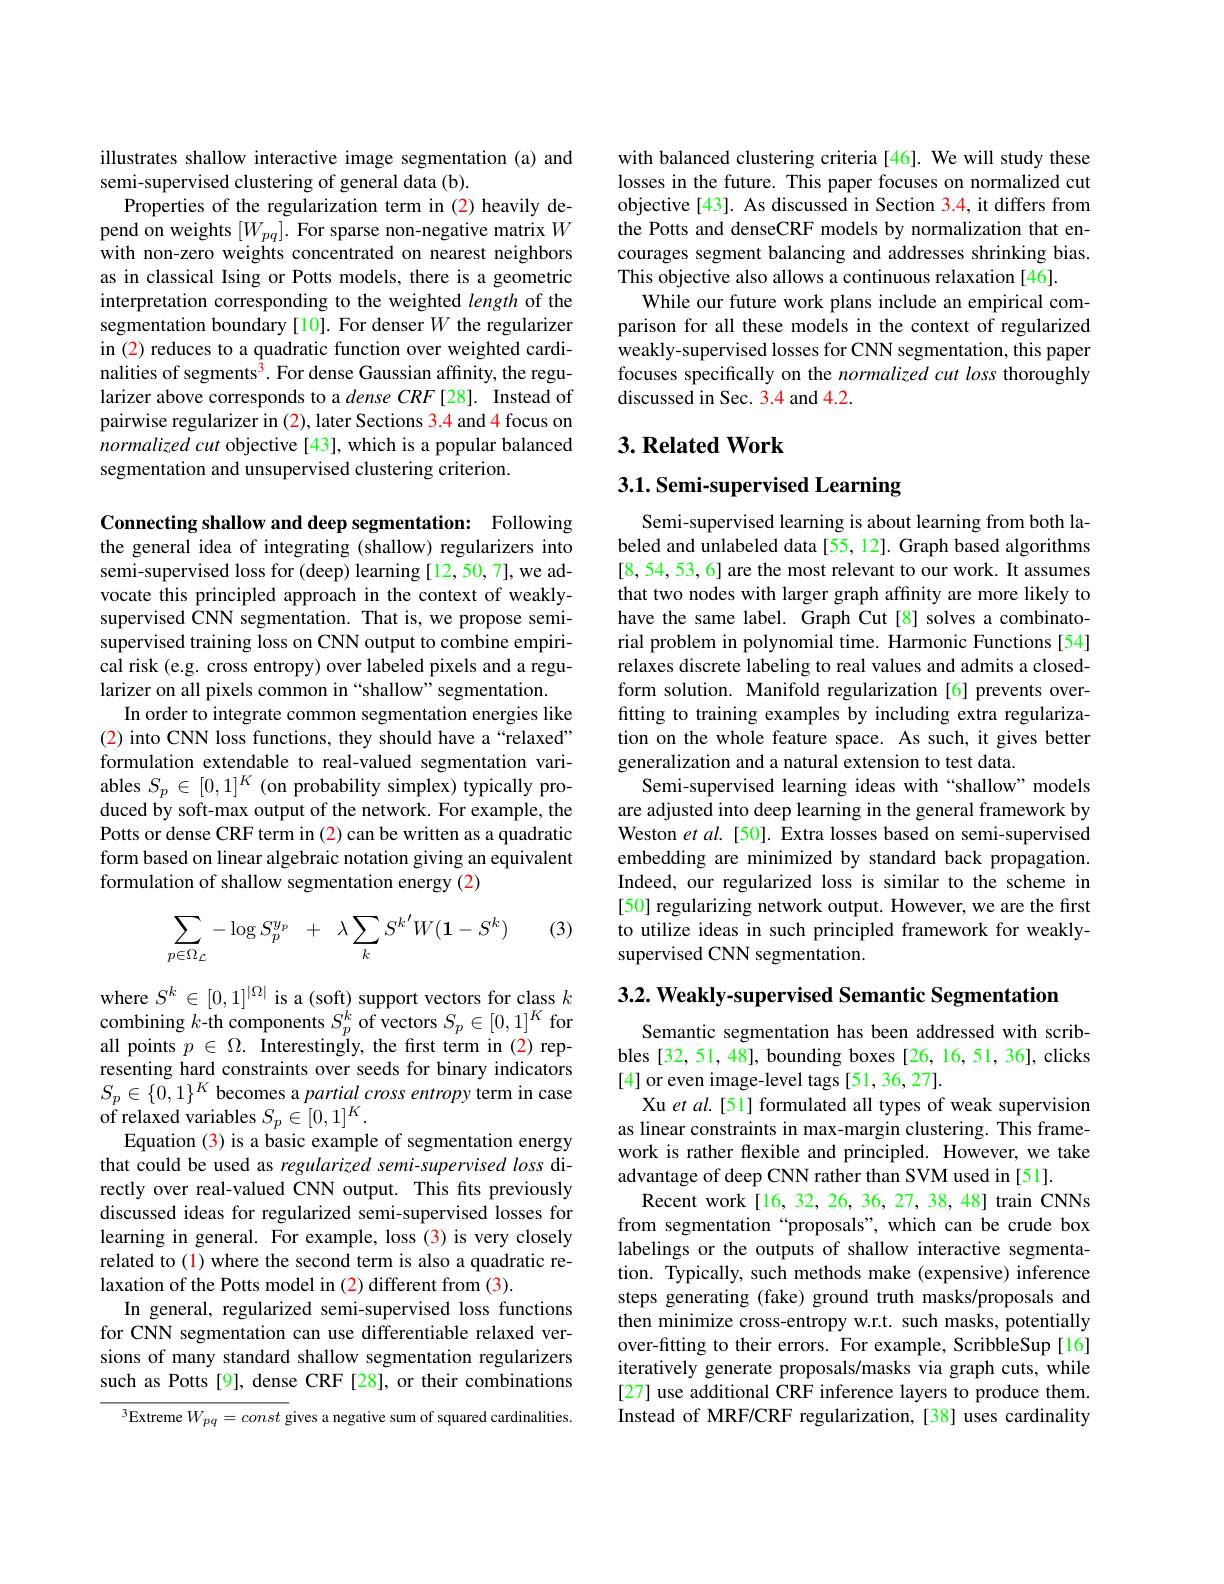
illustrates shallow interactive image segmentation (a) and
semi-supervised clustering of general data (b).
Properties of the regularization term in (2) heavily depend on weights $[W_{pq}].$ For sparse non-negative matrix $W$ with non-zero weights concentrated on nearest neighbors as in classical Ising or Potts models, there is a geometric interpretation corresponding to the weighted length of the segmentation boundary[10]. For denser $W$ the regularizer in (2) reduces to a quadratic function over weighted cardinalities of segments$^{\overline{3}}.$ For dense Gaussian affinity, the regularizer above corresponds to a dense CRF [28]. Instead of pairwise regularizer in (2), later Sections 3.4 and 4 focus on normalizedcut objective[43], which is a popular balanced segmentation and unsupervised clustering criterion.

Connecting shallow and deep segmentation: Following the general idea of integrating (shallow) regularizers into semi-supervised loss for (deep) learning [12,50,7],we advocate this principled approach in the context of weaklysupervised CNN segmentation. That is, we propose semisupervised training loss on CNN output to combine empirical risk (e.g. cross entropy) over labeled pixels and a regularizer on all pixels common in “shallow”segmentation.
In order to integrate common segmentation energies like (2) into CNN loss functions, they should have a“relaxed” formulation extendable to real-valued segmentation variables $S_p\in[0,1]^K$ (on probability simplex) typically produced by soft-max output of the network. For example, the Potts or dense CRF term in (2) can be written as a quadratic form based on linear algebraic notation giving an equivalent formulation of shallow segmentation energy (2)

(3)
$$\sum_{p\in\Omega_{\mathcal{L}}}-\log S_{p}^{y_{p}}\quad+\quad\lambda\sum_{k}S^{k'}W(\mathbf{1}-S^{k})$$
where $S^k\in[0,1]^{|\Omega|}$ is a (soft) support vectors for class $k$ combining $k$-th components $S_p^{\acute{k}}$ of vectors $S_p\in[0,1]^K$ for all points $p\in\Omega.$ Interestingly, the frst term in (2) representing hard constraints over seeds for binary indicators $S_{p}\in\{0,1\}^{K}$ becomes a partial cross entropy term in case of relaxed variables $S_p\in[0,1]^K.$
Equation (3) is a basic example of segmentation energy that could be used as regularized semi-supervised loss directly over real-valued CNN output. This fits previously discussed ideas for regularized semi-supervised losses for learning in general. For example, loss (3) is very closely related to (1) where the second term is also a quadratic relaxation of the Potts model in (2) different from (3).
In general, regularized semi-supervised loss functions for CNN segmentation can use differentiable relaxed versions of many standard shallow segmentation regularizers such as Potts [9], dense CRF [28], or their combinations

$^{3}$Extreme $W_pq=const$ gives a negative sum of squared cardinalities.

with balanced clustering criteria[46]. We will study these losses in the future. This paper focuses on normalized cut objective [43]. As discussed in Section 3.4, it differs from the Potts and denseCRF models by normalization that encourages segment balancing and addresses shrinking bias. This objective also allows a continuous relaxation [46].
While our future work plans include an empirical comparison for all these models in the context of regularized weakly-supervised losses for CNN segmentation, this paper focuses specifically on the normalized cut loss thoroughly discussed in Sec. 3.4 and 4.2.

## $3. \textbf{Related Work}$

## $3. 1. \textbf{ Semi- supervised Learning}$

Semi-supervised learning is about learning from both labeled and unlabeled data[55, 12]. Graph based algorithms [8,54,53,6] are the most relevant to our work. It assumes that two nodes with larger graph affinity are more likely to have the same label. Graph Cut[8] solves a combinatorial problem in polynomial time. Harmonic Functions [54] relaxes discrete labeling to real values and admits a closedform solution. Manifold regularization [6] prevents overfitting to training examples by including extra regularization on the whole feature space. As such, it gives better generalization and a natural extension to test data.
Semi-supervised learning ideas with “shallow” models are adjusted into deep learning in the general framework by Weston $etal.$ [50]. Extra losses based on semi-supervised embedding are minimized by standard back propagation. Indeed, our regularized loss is similar to the scheme in [50] regularizing network output. However, we are the first to utilize ideas in such principled framework for weaklysupervised CNN segmentation.

3.2. Weakly-supervised Semantic Segmentation

Semantic segmentation has been addressed with scribbles [32,51,48], bounding boxes [26, 16, 51, 36], clicks [4] or even image-level tags [51,36,27].
Xu et al.[51] formulated all types of weak supervision as linear constraints in max-margin clustering. This framework is rather flexible and principled. However, we take advantage of deep CNN rather than SVM used in [51].
Recent work[16,32,26,36,27,38,48] train CNNs from segmentation“proposals”,which can be crude box labelings or the outputs of shallow interactive segmentation. Typically, such methods make (expensive) inference steps generating (fake) ground truth masks/proposals and then minimize cross-entropy w.r.t. such masks, potentially over-fitting to their errors. For example, ScribbleSup[16] iteratively generate proposals/masks via graph cuts, while [27] use additional CRF inference layers to produce them. Instead of MRF/CRF regularization, [38] uses cardinality